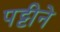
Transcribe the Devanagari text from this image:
पट्टीने